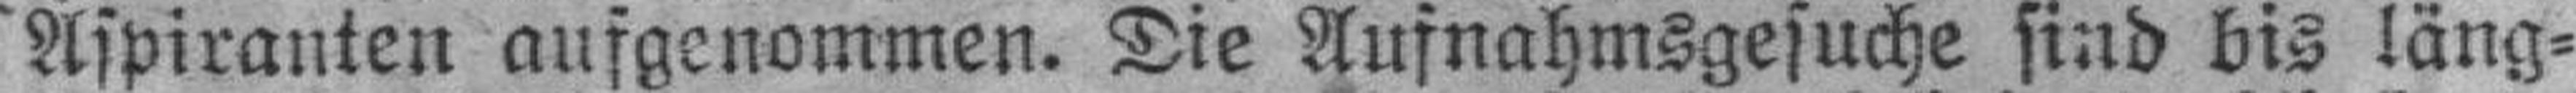
Aspiranten aufgenommen. Die Aufnahmsgesuche sind bis läng¬